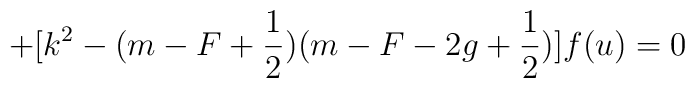
+[k^2-(m-F+\frac 12)(m-F-2g+\frac 12)]f(u)=0